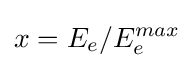
x=E_{e}/E_{e}^{max}